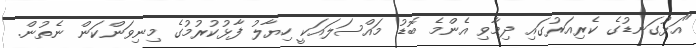
"އަޅުގަނޑުގެ ކެރިއަރުގައި ދިމާވި އެންމެ ބޮޑު މައްސަލައަކީ ހިޔާލު ފާޅުކުރުމުގެ މިނިވަންކަން ނެތުން.